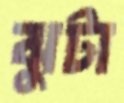
ঝুটা